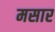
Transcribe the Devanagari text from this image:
मसार